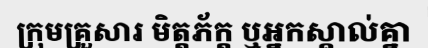
ក្រុមគ្រួសារ មិត្តភ័ក្ត ឬអ្នកស្គាល់គ្នា